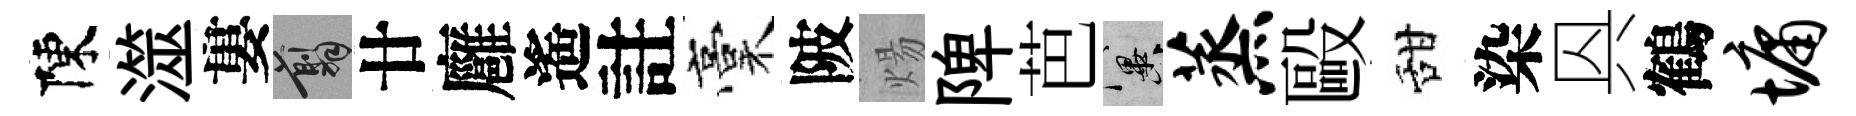
陳澨婁翦廿廱遙註稾陂煬陴芭冀蒸毆甜染㒷鶴墉